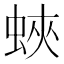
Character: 蛺